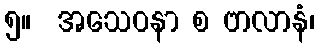
၅။  အသေဝနာ စ ဗာလာနံ၊